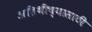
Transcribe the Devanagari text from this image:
अतिथींच्यासाठी